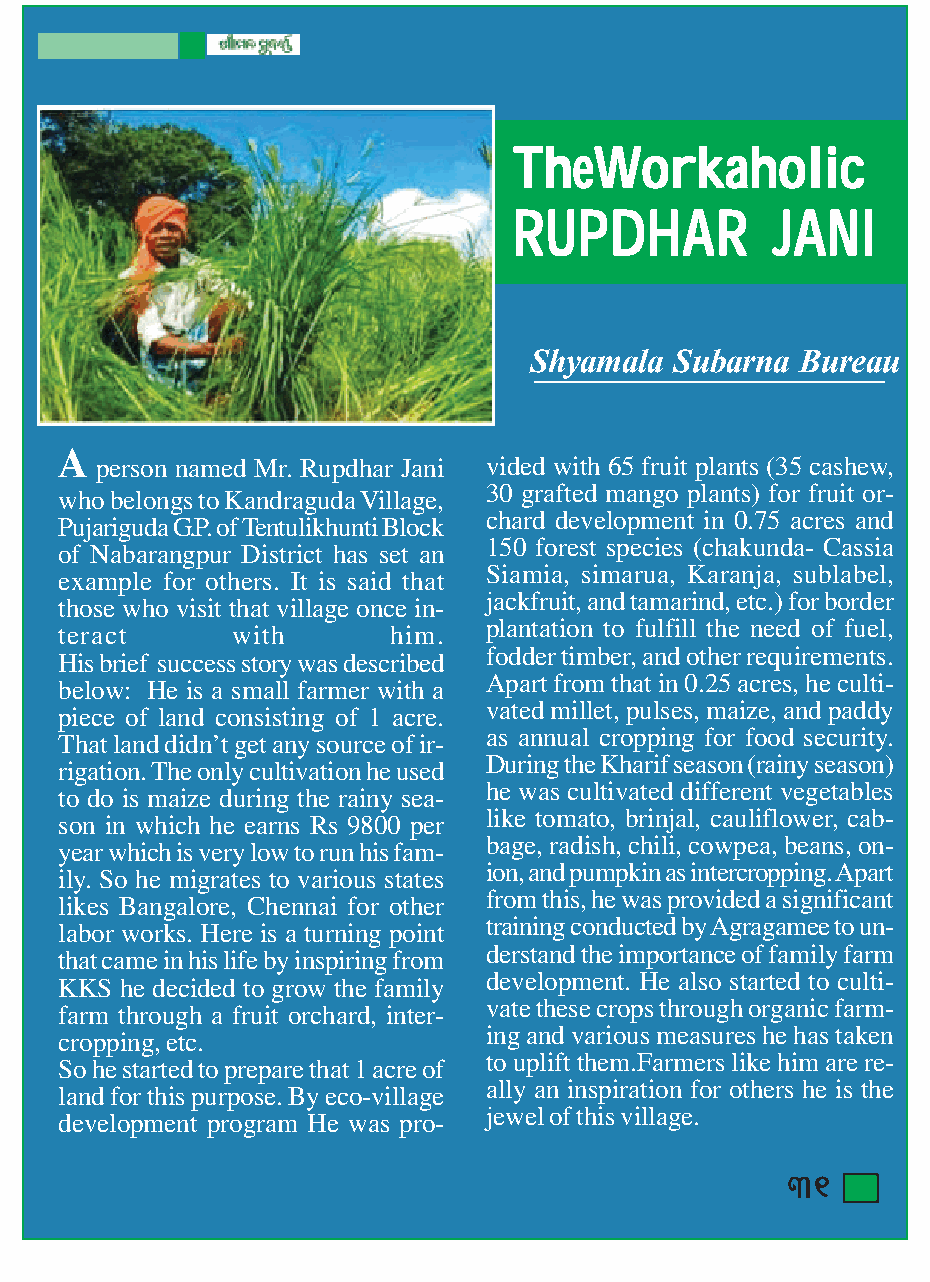
TTTTThhhhheeeeeWWWWWooooorrrrrkkkkkaaaaahhhhhooooollllliiiiiccccc
 RRRRRUUUUUPPPPPDDDDDHHHHHAAAAARRRRR JJJJJAAAAANNNNNIIIII
 Shyamala  Subarna Bureau
 A
 person named Mr. Rupdhar Jani vided with 65 fruit plants (35 cashew,
 30 grafted mango plants) for fruit or-
 who belongs to Kandraguda Village,
 chard development in 0.75 acres and
 Pujariguda G.P. of Tentulikhunti Block
 150 forest species (chakunda- Cassia
 of Nabarangpur District has set an
 Siamia, simarua, Karanja, sublabel,
 example for others. It is said that
 jackfruit, and tamarind, etc.) for border
 those who visit that village once in-
 plantation to fulfill the need of fuel,
 teract      with      him.
 fodder timber, and other requirements.
 His brief success story was described
 Apart from that in 0.25 acres, he culti-
 below: He is a small farmer with a
 vated millet, pulses, maize, and paddy
 piece of land consisting of 1 acre.
 as annual cropping for food security.
 That land didn’t get any source of ir-
 During the Kharif season (rainy season)
 rigation. The only cultivation he used
 he was cultivated different vegetables
 to do is maize during the rainy sea-
 like tomato, brinjal, cauliflower, cab-
 son in which he earns Rs 9800 per
 bage, radish, chili, cowpea, beans, on-
 year which is very low to run his fam-
 ion, and pumpkin as intercropping. Apart
 ily. So he migrates to various states
 from this, he was provided a significant
 likes Bangalore, Chennai for other
 training conducted by Agragamee to un-
 labor works. Here is a turning point
 derstand the importance of family farm
 that came in his life by inspiring from
 development. He also started to culti-
 KKS he decided to grow the family
 vate these crops through organic farm-
 farm through a fruit orchard, inter-
 ing and various measures he has taken
 cropping, etc.
 to uplift them.Farmers like him are re-
 So he started to prepare that 1 acre of
 ally an inspiration for others he is the
 land for this purpose. By eco-village
 jewel of this village.
 development program He was pro-
 31